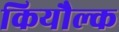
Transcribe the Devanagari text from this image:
कियौल्क